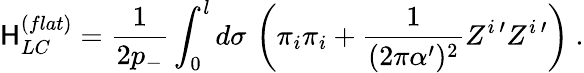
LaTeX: \mathsf{H}_{LC}^{(flat)}=\frac{{1}}{{2p_{-}}}\int_{0}^{l}d\sigma\, \left(\pi_{i}\pi_{i}+\frac{{1}}{{(2\pi\alpha^{\prime})^{2}}}Z^{i\, \prime}Z^{i\, \prime}\right)\ .